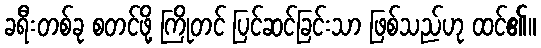
ခရီးတစ်ခု စတင်ဖို့ ကြိုတင် ပြင်ဆင်ခြင်းသာ ဖြစ်သည်ဟု ထင်၏။